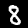
Digit: 8